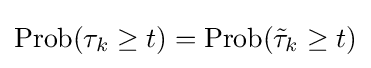
\operatorname {Prob} (\tau _{k}\geq t)=\operatorname {Prob} ({\tilde {\tau }}_{k}\geq t)